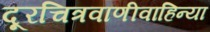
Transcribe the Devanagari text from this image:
दूरचित्रवाणीवाहिन्या